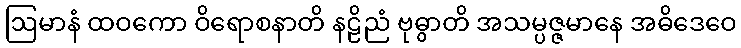
ဩမာနံ ထဝကော ဝိရောစနာတိ နဠိညံ ဗုဓွာတိ အသမ္ပဇ္ဇမာနေ အဓိဒေဝေ